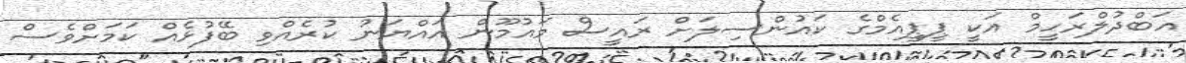
އަބްދުލްރަހީމް އަކީ ޕީޕީއެމްގެ ކައުންސިލަށް ރައީސް މައުމޫން އައްޔަނު ކުރެއްވި ބޭފުޅެއް ކަމަށްވެސް